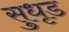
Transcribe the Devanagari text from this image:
सुधृड